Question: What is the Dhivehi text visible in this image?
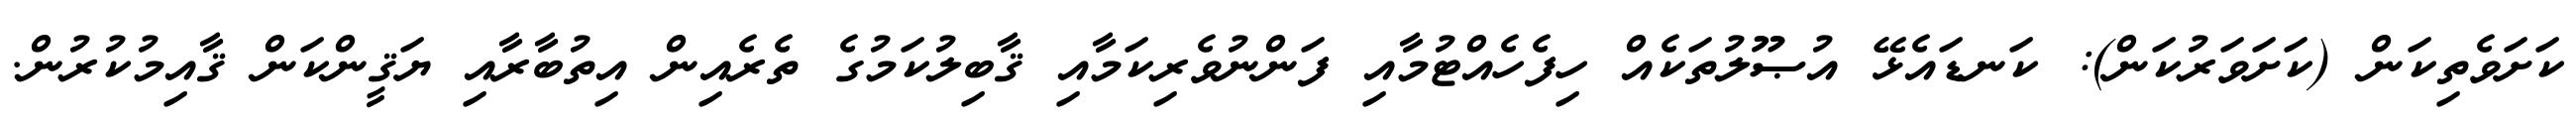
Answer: ކަށަވެތިކަން (ކަށަވަރުކަން): ކަނޑައެޅޭ އުޞޫލުތަކެއް ހިފެހެއްޓުމާއި ފަންނުވެރިކަމާއި ޤާބިލުކަމުގެ ތެރެއިން އިތުބާރާއި ޔަޤީންކަން ޤާއިމުކުރުން.